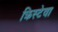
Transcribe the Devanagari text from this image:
क्रिस्टेवा